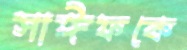
সাঈফকে